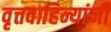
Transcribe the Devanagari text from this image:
वृत्तवाहिन्यांनी